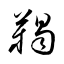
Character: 鞨